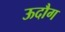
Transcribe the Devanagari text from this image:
ऊदौग